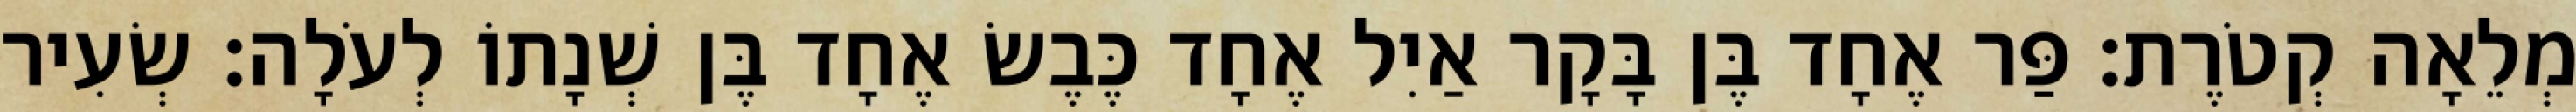
מְלֵאָה קְטֹרֶת׃ פַּר אֶחָד בֶּן בָּקָר אַיִל אֶחָד כֶּבֶשׂ אֶחָד בֶּן שְׁנָתוֹ לְעֹלָה׃ שְׂעִיר